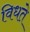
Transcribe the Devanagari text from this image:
विधते